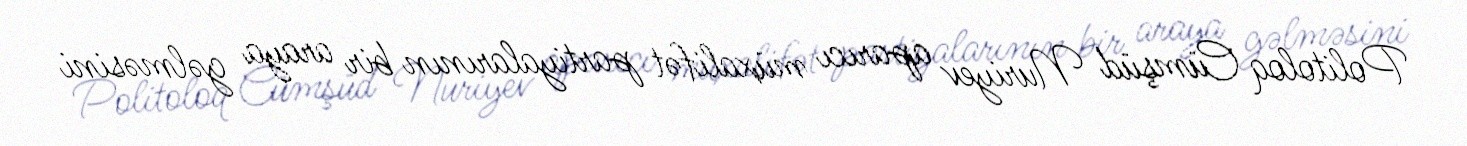
Politoloq Cümşüd Nuriyev aparıcı müxalifət partiyalarının bir araya gəlməsini